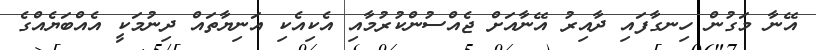
އޭނާ މަގުން ހިނގާފައި ދާއިރު އޭނާއަށް ޖެއްސުންކުރުމާއި އެކިއެކި އަނިޔާތައް ދިނުމަކީ އެއްބަޔެއްގެ